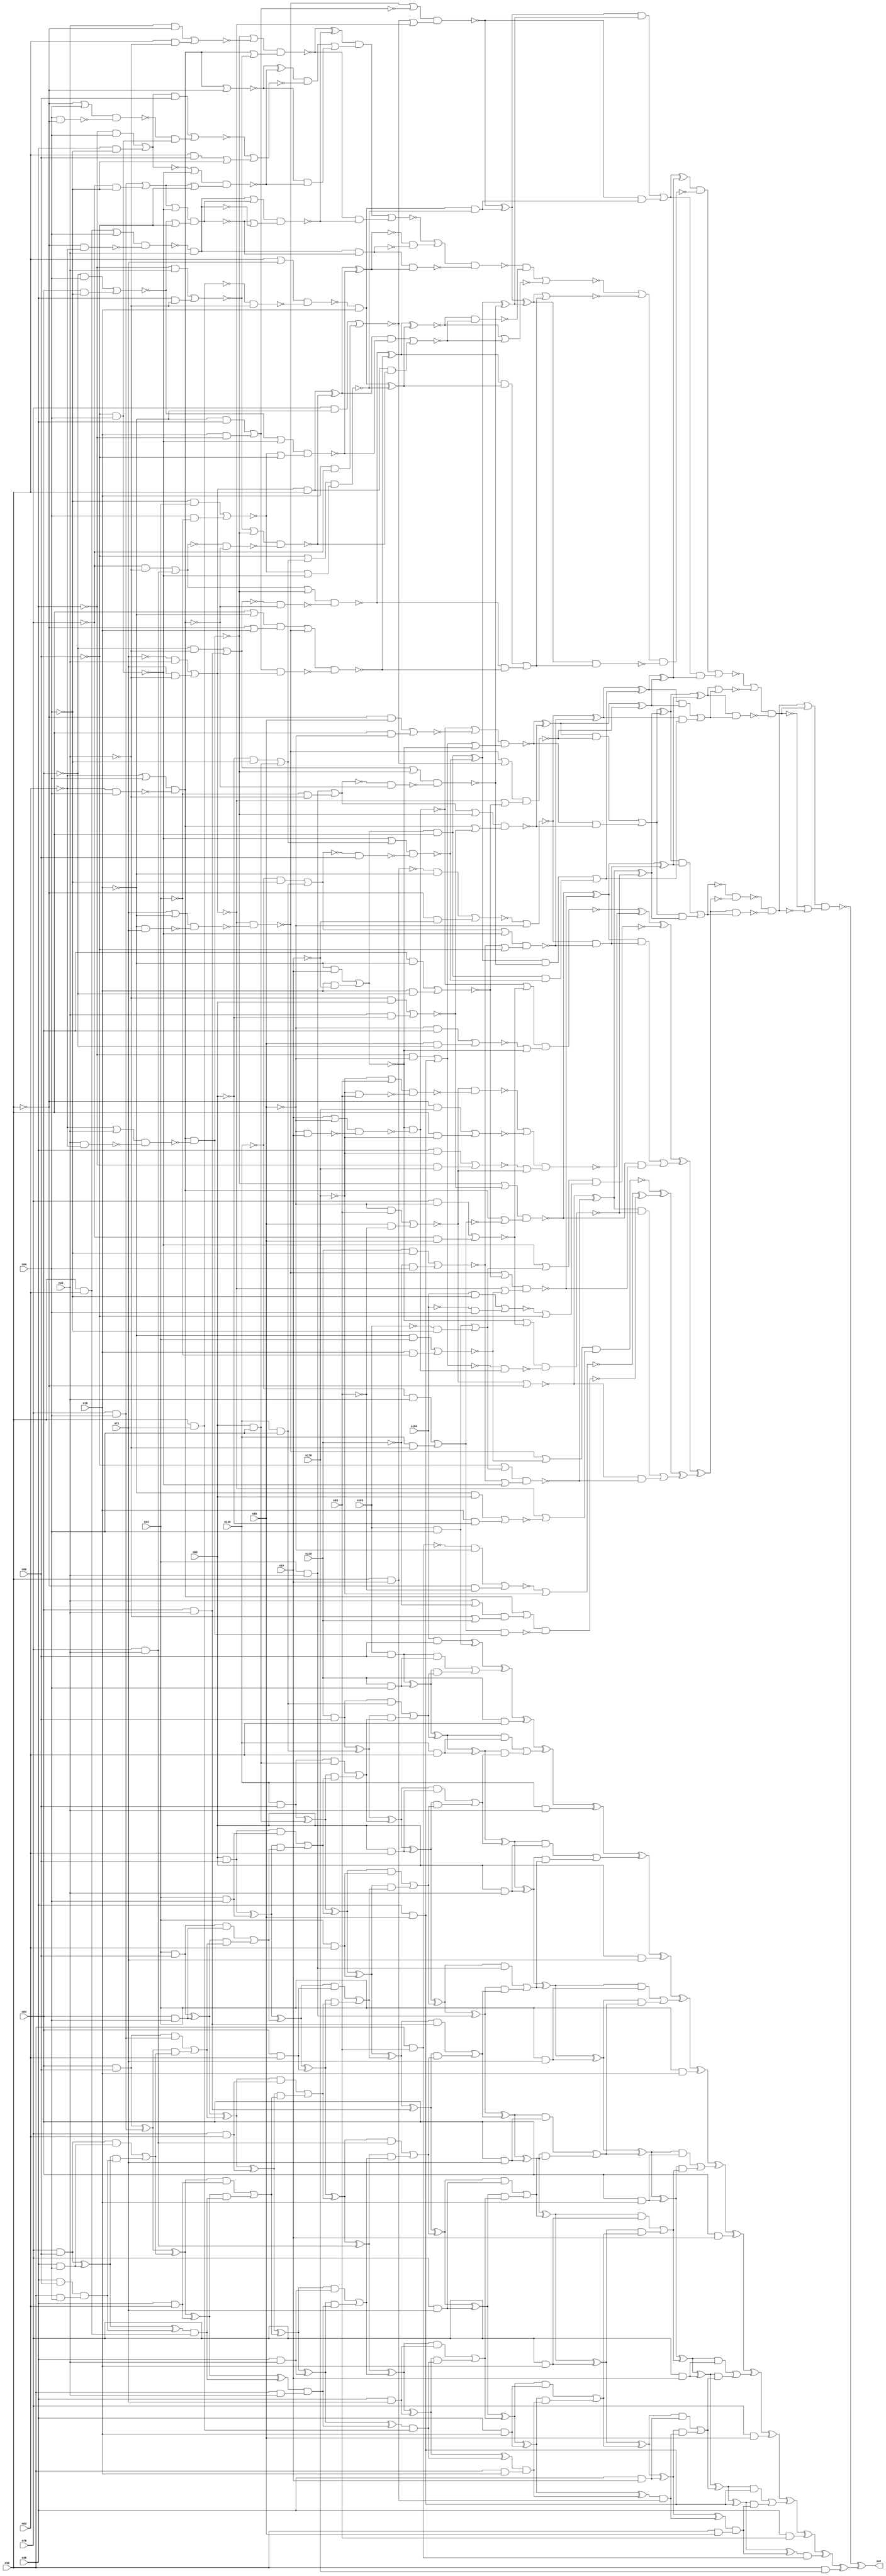
module top (out,n18,n19,n25,n30,n36,n43,n44,n53,n54
        ,n62,n71,n78,n84,n93,n99,n103,n110,n130,n170
        ,n184);
output out;
input n18;
input n19;
input n25;
input n30;
input n36;
input n43;
input n44;
input n53;
input n54;
input n62;
input n71;
input n78;
input n84;
input n93;
input n99;
input n103;
input n110;
input n130;
input n170;
input n184;
wire n0;
wire n1;
wire n2;
wire n3;
wire n4;
wire n5;
wire n6;
wire n7;
wire n8;
wire n9;
wire n10;
wire n11;
wire n12;
wire n13;
wire n14;
wire n15;
wire n16;
wire n17;
wire n20;
wire n21;
wire n22;
wire n23;
wire n24;
wire n26;
wire n27;
wire n28;
wire n29;
wire n31;
wire n32;
wire n33;
wire n34;
wire n35;
wire n37;
wire n38;
wire n39;
wire n40;
wire n41;
wire n42;
wire n45;
wire n46;
wire n47;
wire n48;
wire n49;
wire n50;
wire n51;
wire n52;
wire n55;
wire n56;
wire n57;
wire n58;
wire n59;
wire n60;
wire n61;
wire n63;
wire n64;
wire n65;
wire n66;
wire n67;
wire n68;
wire n69;
wire n70;
wire n72;
wire n73;
wire n74;
wire n75;
wire n76;
wire n77;
wire n79;
wire n80;
wire n81;
wire n82;
wire n83;
wire n85;
wire n86;
wire n87;
wire n88;
wire n89;
wire n90;
wire n91;
wire n92;
wire n94;
wire n95;
wire n96;
wire n97;
wire n98;
wire n100;
wire n101;
wire n102;
wire n104;
wire n105;
wire n106;
wire n107;
wire n108;
wire n109;
wire n111;
wire n112;
wire n113;
wire n114;
wire n115;
wire n116;
wire n117;
wire n118;
wire n119;
wire n120;
wire n121;
wire n122;
wire n123;
wire n124;
wire n125;
wire n126;
wire n127;
wire n128;
wire n129;
wire n131;
wire n132;
wire n133;
wire n134;
wire n135;
wire n136;
wire n137;
wire n138;
wire n139;
wire n140;
wire n141;
wire n142;
wire n143;
wire n144;
wire n145;
wire n146;
wire n147;
wire n148;
wire n149;
wire n150;
wire n151;
wire n152;
wire n153;
wire n154;
wire n155;
wire n156;
wire n157;
wire n158;
wire n159;
wire n160;
wire n161;
wire n162;
wire n163;
wire n164;
wire n165;
wire n166;
wire n167;
wire n168;
wire n169;
wire n171;
wire n172;
wire n173;
wire n174;
wire n175;
wire n176;
wire n177;
wire n178;
wire n179;
wire n180;
wire n181;
wire n182;
wire n183;
wire n185;
wire n186;
wire n187;
wire n188;
wire n189;
wire n190;
wire n191;
wire n192;
wire n193;
wire n194;
wire n195;
wire n196;
wire n197;
wire n198;
wire n199;
wire n200;
wire n201;
wire n202;
wire n203;
wire n204;
wire n205;
wire n206;
wire n207;
wire n208;
wire n209;
wire n210;
wire n211;
wire n212;
wire n213;
wire n214;
wire n215;
wire n216;
wire n217;
wire n218;
wire n219;
wire n220;
wire n221;
wire n222;
wire n223;
wire n224;
wire n225;
wire n226;
wire n227;
wire n228;
wire n229;
wire n230;
wire n231;
wire n232;
wire n233;
wire n234;
wire n235;
wire n236;
wire n237;
wire n238;
wire n239;
wire n240;
wire n241;
wire n242;
wire n243;
wire n244;
wire n245;
wire n246;
wire n247;
wire n248;
wire n249;
wire n250;
wire n251;
wire n252;
wire n253;
wire n254;
wire n255;
wire n256;
wire n257;
wire n258;
wire n259;
wire n260;
wire n261;
wire n262;
wire n263;
wire n264;
wire n265;
wire n266;
wire n267;
wire n268;
wire n269;
wire n270;
wire n271;
wire n272;
wire n273;
wire n274;
wire n275;
wire n276;
wire n277;
wire n278;
wire n279;
wire n280;
wire n281;
wire n282;
wire n283;
wire n284;
wire n285;
wire n286;
wire n287;
wire n288;
wire n289;
wire n290;
wire n291;
wire n292;
wire n293;
wire n294;
wire n295;
wire n296;
wire n297;
wire n298;
wire n299;
wire n300;
wire n301;
wire n302;
wire n303;
wire n304;
wire n305;
wire n306;
wire n307;
wire n308;
wire n309;
wire n310;
wire n311;
wire n312;
wire n313;
wire n314;
wire n315;
wire n316;
wire n317;
wire n318;
wire n319;
wire n320;
wire n321;
wire n322;
wire n323;
wire n324;
wire n325;
wire n326;
wire n327;
wire n328;
wire n329;
wire n330;
wire n331;
wire n332;
wire n333;
wire n334;
wire n335;
wire n336;
wire n337;
wire n338;
wire n339;
wire n340;
wire n341;
wire n342;
wire n343;
wire n344;
wire n345;
wire n346;
wire n347;
wire n348;
wire n349;
wire n350;
wire n351;
wire n352;
wire n353;
wire n354;
wire n355;
wire n356;
wire n357;
wire n358;
wire n359;
wire n360;
wire n361;
wire n362;
wire n363;
wire n364;
wire n365;
wire n366;
wire n367;
wire n368;
wire n369;
wire n370;
wire n371;
wire n372;
wire n373;
wire n374;
wire n375;
wire n376;
wire n377;
wire n378;
wire n379;
wire n380;
wire n381;
wire n382;
wire n383;
wire n384;
wire n385;
wire n386;
wire n387;
wire n388;
wire n389;
wire n390;
wire n391;
wire n392;
wire n393;
wire n394;
wire n395;
wire n396;
wire n397;
wire n398;
wire n399;
wire n400;
wire n401;
wire n402;
wire n403;
wire n404;
wire n405;
wire n406;
wire n407;
wire n408;
wire n409;
wire n410;
wire n411;
wire n412;
wire n413;
wire n414;
wire n415;
wire n416;
wire n417;
wire n418;
wire n419;
wire n420;
wire n421;
wire n422;
wire n423;
wire n424;
wire n425;
wire n426;
wire n427;
wire n428;
wire n429;
wire n430;
wire n431;
wire n432;
wire n433;
wire n434;
wire n435;
wire n436;
wire n437;
wire n438;
wire n439;
wire n440;
wire n441;
wire n442;
wire n443;
wire n444;
wire n445;
wire n446;
wire n447;
wire n448;
wire n449;
wire n450;
wire n451;
wire n452;
wire n453;
wire n454;
wire n455;
wire n456;
wire n457;
wire n458;
wire n459;
wire n460;
wire n461;
wire n462;
wire n463;
wire n464;
wire n465;
wire n466;
wire n467;
wire n468;
wire n469;
wire n470;
wire n471;
wire n472;
wire n473;
wire n474;
wire n475;
wire n476;
wire n477;
wire n478;
wire n479;
wire n480;
wire n481;
wire n482;
wire n483;
wire n484;
wire n485;
wire n486;
wire n487;
wire n488;
wire n489;
wire n490;
wire n491;
wire n492;
wire n493;
wire n494;
wire n495;
wire n496;
wire n497;
wire n498;
wire n499;
wire n500;
wire n501;
wire n502;
wire n503;
wire n504;
wire n505;
wire n506;
wire n507;
wire n508;
wire n509;
wire n510;
wire n511;
wire n512;
wire n513;
wire n514;
wire n515;
wire n516;
wire n517;
wire n518;
wire n519;
wire n520;
wire n521;
wire n522;
wire n523;
wire n524;
wire n525;
wire n526;
wire n527;
wire n528;
wire n529;
wire n530;
wire n531;
wire n532;
wire n533;
wire n534;
wire n535;
wire n536;
wire n537;
wire n538;
wire n539;
wire n540;
wire n541;
wire n542;
wire n543;
wire n544;
wire n545;
wire n546;
wire n547;
wire n548;
wire n549;
wire n550;
wire n551;
wire n552;
wire n553;
wire n554;
wire n555;
wire n556;
wire n557;
wire n558;
wire n559;
wire n560;
wire n561;
wire n562;
wire n563;
wire n564;
wire n565;
wire n566;
wire n567;
wire n568;
wire n569;
wire n570;
wire n571;
wire n572;
wire n573;
wire n574;
wire n575;
wire n576;
wire n577;
wire n578;
wire n579;
wire n580;
wire n581;
wire n582;
wire n583;
wire n584;
wire n585;
wire n586;
wire n587;
wire n588;
wire n589;
wire n590;
wire n591;
wire n592;
wire n593;
wire n594;
wire n595;
xor (out,n0,n388);
nand (n0,n1,n387);
or (n1,n2,n217);
not (n2,n3);
nand (n3,n4,n216);
nand (n4,n5,n153);
not (n5,n6);
or (n6,n7,n152);
and (n7,n8,n122);
xor (n8,n9,n88);
or (n9,n10,n87);
and (n10,n11,n65);
xor (n11,n12,n38);
nand (n12,n13,n32);
or (n13,n14,n27);
nand (n14,n15,n22);
nor (n15,n16,n20);
and (n16,n17,n19);
not (n17,n18);
and (n20,n18,n21);
not (n21,n19);
nand (n22,n23,n26);
or (n23,n19,n24);
not (n24,n25);
nand (n26,n24,n19);
nor (n27,n28,n31);
and (n28,n29,n25);
not (n29,n30);
and (n31,n30,n24);
or (n32,n33,n15);
or (n33,n34,n37);
and (n34,n35,n24);
not (n35,n36);
and (n37,n36,n25);
nand (n38,n39,n59);
or (n39,n40,n48);
not (n40,n41);
nor (n41,n42,n45);
and (n42,n43,n44);
and (n45,n46,n47);
not (n46,n43);
not (n47,n44);
nand (n48,n49,n56);
not (n49,n50);
nand (n50,n51,n55);
or (n51,n52,n54);
not (n52,n53);
nand (n55,n52,n54);
nand (n56,n57,n58);
or (n57,n52,n44);
nand (n58,n44,n52);
or (n59,n49,n60);
nor (n60,n61,n63);
and (n61,n47,n62);
and (n63,n44,n64);
not (n64,n62);
nand (n65,n66,n81);
or (n66,n67,n76);
nand (n67,n68,n73);
nor (n68,n69,n72);
and (n69,n70,n44);
not (n70,n71);
and (n72,n71,n47);
nand (n73,n74,n75);
or (n74,n71,n17);
nand (n75,n17,n71);
nor (n76,n77,n79);
and (n77,n78,n17);
and (n79,n18,n80);
not (n80,n78);
or (n81,n68,n82);
nor (n82,n83,n85);
and (n83,n84,n17);
and (n85,n18,n86);
not (n86,n84);
and (n87,n12,n38);
xor (n88,n89,n114);
xor (n89,n90,n96);
nor (n90,n91,n29);
nor (n91,n92,n94);
and (n92,n24,n93);
and (n94,n25,n95);
not (n95,n93);
nand (n96,n97,n107);
or (n97,n98,n100);
not (n98,n99);
not (n100,n101);
nor (n101,n102,n104);
and (n102,n103,n54);
and (n104,n105,n106);
not (n105,n103);
not (n106,n54);
or (n107,n108,n113);
nor (n108,n109,n111);
and (n109,n110,n106);
and (n111,n112,n54);
not (n112,n110);
nand (n113,n98,n54);
nand (n114,n115,n119);
or (n115,n15,n116);
nor (n116,n117,n118);
and (n117,n78,n24);
and (n118,n80,n25);
nand (n119,n120,n121);
not (n120,n33);
not (n121,n14);
xor (n122,n123,n138);
xor (n123,n124,n132);
nand (n124,n125,n126);
or (n125,n48,n60);
or (n126,n49,n127);
nor (n127,n128,n131);
and (n128,n129,n44);
not (n129,n130);
and (n131,n130,n47);
nand (n132,n133,n134);
or (n133,n67,n82);
or (n134,n68,n135);
nor (n135,n136,n137);
and (n136,n17,n43);
and (n137,n18,n46);
and (n138,n139,n145);
nor (n139,n140,n24);
nor (n140,n141,n144);
and (n141,n142,n17);
not (n142,n143);
and (n143,n30,n19);
and (n144,n29,n21);
nand (n145,n146,n151);
or (n146,n147,n113);
not (n147,n148);
nor (n148,n149,n150);
and (n149,n129,n106);
and (n150,n130,n54);
or (n151,n108,n98);
and (n152,n9,n88);
not (n153,n154);
xor (n154,n155,n190);
xor (n155,n156,n187);
xor (n156,n157,n179);
xor (n157,n158,n164);
nand (n158,n159,n160);
or (n159,n14,n116);
or (n160,n161,n15);
nor (n161,n162,n163);
and (n162,n24,n84);
and (n163,n25,n86);
nand (n164,n165,n175);
or (n165,n166,n172);
nand (n166,n91,n167);
nand (n167,n168,n171);
or (n168,n169,n93);
not (n169,n170);
nand (n171,n169,n93);
nor (n172,n173,n174);
and (n173,n29,n170);
and (n174,n30,n169);
or (n175,n176,n91);
nor (n176,n177,n178);
and (n177,n36,n169);
and (n178,n35,n170);
nand (n179,n180,n181);
or (n180,n113,n100);
or (n181,n182,n98);
nor (n182,n183,n185);
and (n183,n184,n106);
and (n185,n186,n54);
not (n186,n184);
or (n187,n188,n189);
and (n188,n123,n138);
and (n189,n124,n132);
xor (n190,n191,n213);
xor (n191,n192,n198);
nand (n192,n193,n194);
or (n193,n67,n135);
or (n194,n68,n195);
nor (n195,n196,n197);
and (n196,n17,n62);
and (n197,n18,n64);
xor (n198,n199,n204);
nor (n199,n200,n169);
nor (n200,n201,n203);
and (n201,n202,n24);
nand (n202,n30,n93);
and (n203,n29,n95);
nand (n204,n205,n210);
or (n205,n49,n206);
not (n206,n207);
nand (n207,n208,n209);
or (n208,n44,n112);
or (n209,n47,n110);
nand (n210,n211,n212);
not (n211,n127);
not (n212,n48);
or (n213,n214,n215);
and (n214,n89,n114);
and (n215,n90,n96);
nand (n216,n154,n6);
not (n217,n218);
nand (n218,n219,n386);
or (n219,n220,n381);
not (n220,n221);
or (n221,n222,n380);
and (n222,n223,n272);
xor (n223,n224,n265);
or (n224,n225,n264);
and (n225,n226,n250);
xor (n226,n227,n233);
nand (n227,n228,n232);
or (n228,n67,n229);
nor (n229,n230,n231);
and (n230,n17,n36);
and (n231,n18,n35);
or (n232,n76,n68);
and (n233,n234,n240);
and (n234,n235,n18);
nand (n235,n236,n237);
or (n236,n30,n71);
nand (n237,n238,n47);
not (n238,n239);
and (n239,n30,n71);
nand (n240,n241,n246);
or (n241,n98,n242);
not (n242,n243);
nor (n243,n244,n245);
and (n244,n64,n106);
and (n245,n62,n54);
or (n246,n247,n113);
nor (n247,n248,n249);
and (n248,n106,n43);
and (n249,n54,n46);
xor (n250,n251,n257);
xor (n251,n252,n254);
and (n252,n253,n30);
not (n253,n15);
nand (n254,n255,n256);
or (n255,n113,n242);
nand (n256,n148,n99);
nand (n257,n258,n263);
or (n258,n259,n48);
not (n259,n260);
nor (n260,n261,n262);
and (n261,n86,n47);
and (n262,n84,n44);
nand (n263,n41,n50);
and (n264,n227,n233);
xor (n265,n266,n271);
xor (n266,n267,n268);
xor (n267,n139,n145);
or (n268,n269,n270);
and (n269,n251,n257);
and (n270,n252,n254);
xor (n271,n11,n65);
nand (n272,n273,n379);
or (n273,n274,n374);
nor (n274,n275,n373);
and (n275,n276,n352);
nand (n276,n277,n350);
or (n277,n278,n333);
not (n278,n279);
or (n279,n280,n332);
and (n280,n281,n310);
xor (n281,n282,n291);
nand (n282,n283,n287);
or (n283,n48,n284);
nor (n284,n285,n286);
and (n285,n44,n29);
and (n286,n30,n47);
or (n287,n49,n288);
nor (n288,n289,n290);
and (n289,n35,n44);
and (n290,n36,n47);
nand (n291,n292,n309);
or (n292,n293,n299);
not (n293,n294);
nand (n294,n295,n44);
nand (n295,n296,n298);
or (n296,n297,n54);
and (n297,n30,n53);
nand (n298,n29,n52);
not (n299,n300);
nand (n300,n301,n305);
or (n301,n302,n113);
or (n302,n303,n304);
and (n303,n78,n54);
and (n304,n80,n106);
or (n305,n306,n98);
nor (n306,n307,n308);
and (n307,n86,n54);
and (n308,n84,n106);
or (n309,n300,n294);
or (n310,n311,n331);
and (n311,n312,n320);
xor (n312,n313,n314);
nor (n313,n49,n29);
nand (n314,n315,n319);
or (n315,n316,n113);
nor (n316,n317,n318);
and (n317,n35,n54);
and (n318,n36,n106);
or (n319,n302,n98);
nor (n320,n321,n329);
nor (n321,n322,n324);
and (n322,n323,n99);
not (n323,n316);
and (n324,n325,n328);
nand (n325,n326,n327);
or (n326,n29,n54);
nand (n327,n54,n29);
not (n328,n113);
or (n329,n330,n106);
and (n330,n30,n99);
and (n331,n313,n314);
and (n332,n282,n291);
not (n333,n334);
nand (n334,n335,n349);
not (n335,n336);
xor (n336,n337,n346);
xor (n337,n338,n340);
and (n338,n339,n30);
not (n339,n68);
nand (n340,n341,n342);
or (n341,n288,n48);
nand (n342,n343,n50);
nor (n343,n344,n345);
and (n344,n80,n47);
and (n345,n78,n44);
nand (n346,n347,n348);
or (n347,n306,n113);
or (n348,n247,n98);
nand (n349,n293,n300);
nand (n350,n351,n336);
not (n351,n349);
nand (n352,n353,n369);
not (n353,n354);
xor (n354,n355,n368);
xor (n355,n356,n360);
nand (n356,n357,n359);
or (n357,n358,n48);
not (n358,n343);
nand (n359,n260,n50);
nand (n360,n361,n366);
or (n361,n362,n67);
not (n362,n363);
nand (n363,n364,n365);
or (n364,n30,n17);
or (n365,n29,n18);
nand (n366,n367,n339);
not (n367,n229);
xor (n368,n234,n240);
not (n369,n370);
or (n370,n371,n372);
and (n371,n337,n346);
and (n372,n338,n340);
nor (n373,n353,n369);
nor (n374,n375,n376);
xor (n375,n226,n250);
or (n376,n377,n378);
and (n377,n355,n368);
and (n378,n356,n360);
nand (n379,n375,n376);
and (n380,n224,n265);
nor (n381,n382,n383);
xor (n382,n8,n122);
or (n383,n384,n385);
and (n384,n266,n271);
and (n385,n267,n268);
nand (n386,n382,n383);
or (n387,n218,n3);
xor (n388,n389,n595);
xor (n389,n390,n592);
xor (n390,n391,n591);
xor (n391,n392,n583);
xor (n392,n393,n582);
xor (n393,n394,n568);
xor (n394,n395,n567);
xor (n395,n396,n546);
xor (n396,n397,n545);
xor (n397,n398,n519);
xor (n398,n399,n518);
xor (n399,n400,n488);
xor (n400,n401,n487);
xor (n401,n402,n449);
xor (n402,n403,n448);
xor (n403,n404,n406);
xor (n404,n405,n102);
and (n405,n184,n99);
or (n406,n407,n410);
and (n407,n408,n409);
and (n408,n103,n99);
and (n409,n110,n54);
and (n410,n411,n412);
xor (n411,n408,n409);
or (n412,n413,n415);
and (n413,n414,n150);
and (n414,n110,n99);
and (n415,n416,n417);
xor (n416,n414,n150);
or (n417,n418,n420);
and (n418,n419,n245);
and (n419,n130,n99);
and (n420,n421,n422);
xor (n421,n419,n245);
or (n422,n423,n426);
and (n423,n424,n425);
and (n424,n62,n99);
and (n425,n43,n54);
and (n426,n427,n428);
xor (n427,n424,n425);
or (n428,n429,n432);
and (n429,n430,n431);
and (n430,n43,n99);
and (n431,n84,n54);
and (n432,n433,n434);
xor (n433,n430,n431);
or (n434,n435,n437);
and (n435,n436,n303);
and (n436,n84,n99);
and (n437,n438,n439);
xor (n438,n436,n303);
or (n439,n440,n443);
and (n440,n441,n442);
and (n441,n78,n99);
and (n442,n36,n54);
and (n443,n444,n445);
xor (n444,n441,n442);
and (n445,n446,n447);
and (n446,n36,n99);
and (n447,n30,n54);
and (n448,n110,n53);
or (n449,n450,n453);
and (n450,n451,n452);
xor (n451,n411,n412);
and (n452,n130,n53);
and (n453,n454,n455);
xor (n454,n451,n452);
or (n455,n456,n459);
and (n456,n457,n458);
xor (n457,n416,n417);
and (n458,n62,n53);
and (n459,n460,n461);
xor (n460,n457,n458);
or (n461,n462,n465);
and (n462,n463,n464);
xor (n463,n421,n422);
and (n464,n43,n53);
and (n465,n466,n467);
xor (n466,n463,n464);
or (n467,n468,n471);
and (n468,n469,n470);
xor (n469,n427,n428);
and (n470,n84,n53);
and (n471,n472,n473);
xor (n472,n469,n470);
or (n473,n474,n477);
and (n474,n475,n476);
xor (n475,n433,n434);
and (n476,n78,n53);
and (n477,n478,n479);
xor (n478,n475,n476);
or (n479,n480,n483);
and (n480,n481,n482);
xor (n481,n438,n439);
and (n482,n36,n53);
and (n483,n484,n485);
xor (n484,n481,n482);
and (n485,n486,n297);
xor (n486,n444,n445);
and (n487,n130,n44);
or (n488,n489,n492);
and (n489,n490,n491);
xor (n490,n454,n455);
and (n491,n62,n44);
and (n492,n493,n494);
xor (n493,n490,n491);
or (n494,n495,n497);
and (n495,n496,n42);
xor (n496,n460,n461);
and (n497,n498,n499);
xor (n498,n496,n42);
or (n499,n500,n502);
and (n500,n501,n262);
xor (n501,n466,n467);
and (n502,n503,n504);
xor (n503,n501,n262);
or (n504,n505,n507);
and (n505,n506,n345);
xor (n506,n472,n473);
and (n507,n508,n509);
xor (n508,n506,n345);
or (n509,n510,n513);
and (n510,n511,n512);
xor (n511,n478,n479);
and (n512,n36,n44);
and (n513,n514,n515);
xor (n514,n511,n512);
and (n515,n516,n517);
xor (n516,n484,n485);
and (n517,n30,n44);
and (n518,n62,n71);
or (n519,n520,n523);
and (n520,n521,n522);
xor (n521,n493,n494);
and (n522,n43,n71);
and (n523,n524,n525);
xor (n524,n521,n522);
or (n525,n526,n529);
and (n526,n527,n528);
xor (n527,n498,n499);
and (n528,n84,n71);
and (n529,n530,n531);
xor (n530,n527,n528);
or (n531,n532,n535);
and (n532,n533,n534);
xor (n533,n503,n504);
and (n534,n78,n71);
and (n535,n536,n537);
xor (n536,n533,n534);
or (n537,n538,n541);
and (n538,n539,n540);
xor (n539,n508,n509);
and (n540,n36,n71);
and (n541,n542,n543);
xor (n542,n539,n540);
and (n543,n544,n239);
xor (n544,n514,n515);
and (n545,n43,n18);
or (n546,n547,n550);
and (n547,n548,n549);
xor (n548,n524,n525);
and (n549,n84,n18);
and (n550,n551,n552);
xor (n551,n548,n549);
or (n552,n553,n556);
and (n553,n554,n555);
xor (n554,n530,n531);
and (n555,n78,n18);
and (n556,n557,n558);
xor (n557,n554,n555);
or (n558,n559,n562);
and (n559,n560,n561);
xor (n560,n536,n537);
and (n561,n36,n18);
and (n562,n563,n564);
xor (n563,n560,n561);
and (n564,n565,n566);
xor (n565,n542,n543);
and (n566,n30,n18);
and (n567,n84,n19);
or (n568,n569,n572);
and (n569,n570,n571);
xor (n570,n551,n552);
and (n571,n78,n19);
and (n572,n573,n574);
xor (n573,n570,n571);
or (n574,n575,n578);
and (n575,n576,n577);
xor (n576,n557,n558);
and (n577,n36,n19);
and (n578,n579,n580);
xor (n579,n576,n577);
and (n580,n581,n143);
xor (n581,n563,n564);
and (n582,n78,n25);
or (n583,n584,n586);
and (n584,n585,n37);
xor (n585,n573,n574);
and (n586,n587,n588);
xor (n587,n585,n37);
and (n588,n589,n590);
xor (n589,n579,n580);
and (n590,n30,n25);
and (n591,n36,n93);
and (n592,n593,n594);
xor (n593,n587,n588);
not (n594,n202);
and (n595,n30,n170);
endmodule